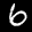
Label: 6